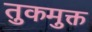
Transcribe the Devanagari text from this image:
तुकमुक्त